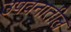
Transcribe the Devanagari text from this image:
उपवनातील